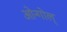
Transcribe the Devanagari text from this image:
ओन्गोल्